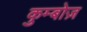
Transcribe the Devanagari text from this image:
कुम्बोज़